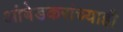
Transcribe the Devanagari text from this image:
आंबेडकरांच्याही